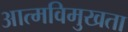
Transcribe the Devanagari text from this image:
आत्मविमुखता